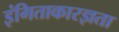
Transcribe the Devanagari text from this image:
इंगिताकारज्ञता